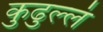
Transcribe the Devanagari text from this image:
कुढुल्लं